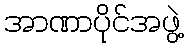
အာဏာပိုင်အဖွဲ့